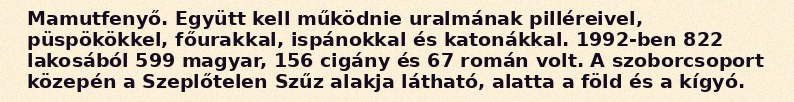
Mamutfenyő. Együtt kell működnie uralmának pilléreivel, püspökökkel, főurakkal, ispánokkal és katonákkal. 1992-ben 822 lakosából 599 magyar, 156 cigány és 67 román volt. A szoborcsoport közepén a Szeplőtelen Szűz alakja látható, alatta a föld és a kígyó.